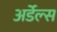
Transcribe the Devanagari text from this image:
अर्डेल्स